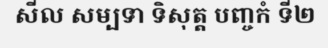
សីល សម្បទា ទិសុត្ត បញ្ចកំ ទី២